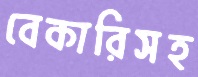
বেকারিসহ